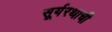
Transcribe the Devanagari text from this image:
सूर्यरथाची